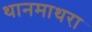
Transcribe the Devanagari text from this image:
थानमाथरा